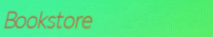
Bookstore